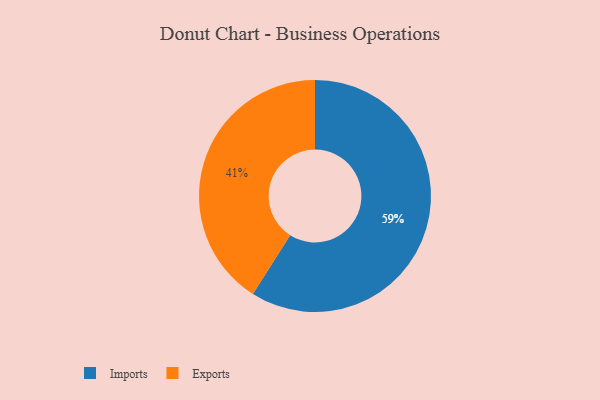
{"axis": {"x": "Category", "y": "Percentage"}, "legend": ["Exports", "Imports"], "data": [{"x": "Imports", "y": 59, "type": "Imports"}, {"x": "Exports", "y": 41, "type": "Exports"}]}